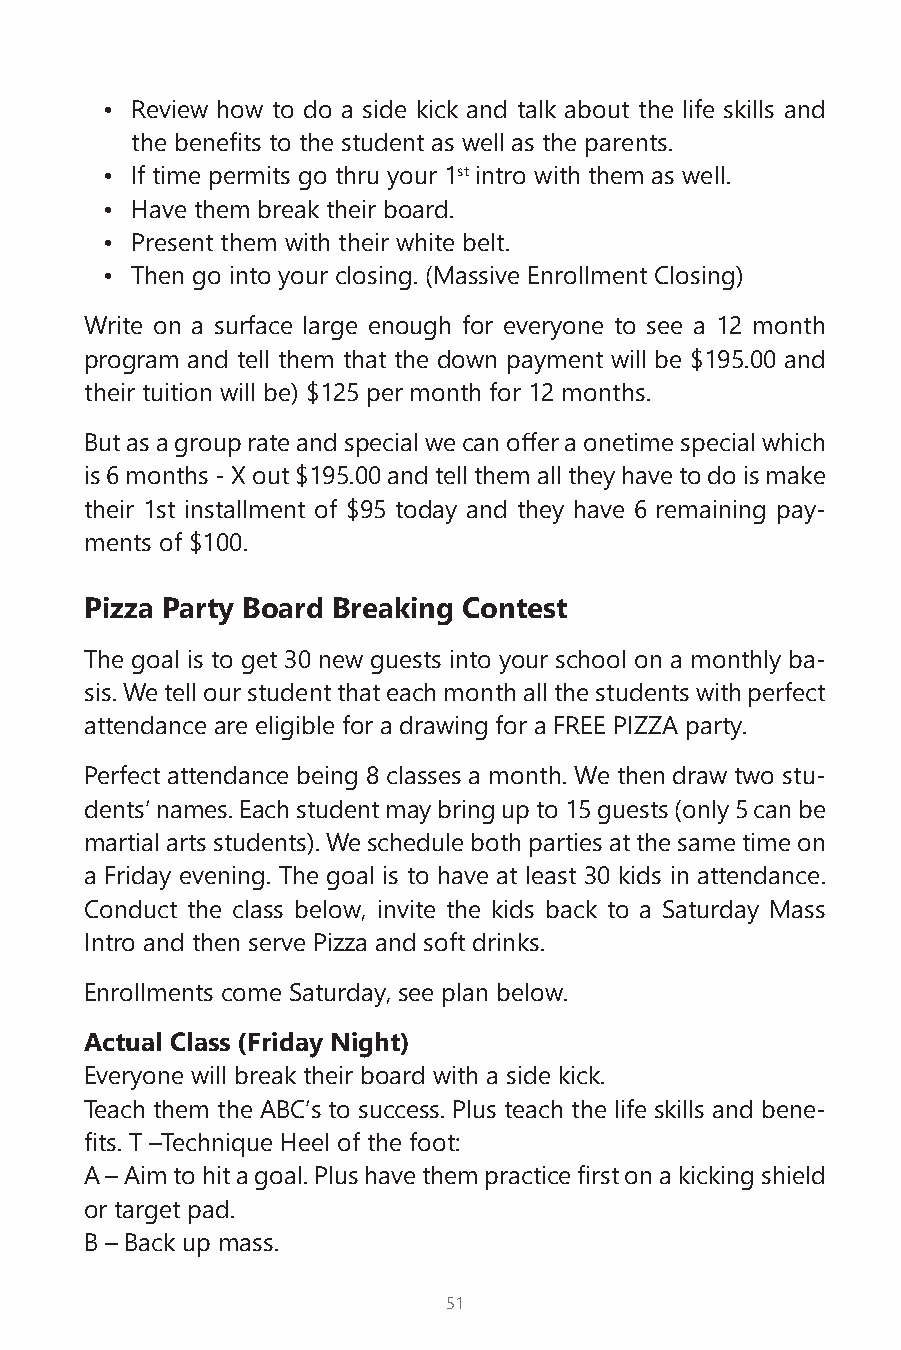
• Review how to do a side kick and talk about the life skills and
 the benefits to the student as well as the parents.
 • If time permits go thru your 1st intro with them as well.
 • Have them break their board.
 • Present them with their white belt.
 • Then go into your closing. (Massive Enrollment Closing)
 Write on a surface large enough for everyone to see a 12 month
 program and tell them that the down payment will be $195.00 and
 their tuition will be) $125 per month for 12 months.
 But as a group rate and special we can offer a onetime special which
 is 6 months - X out $195.00 and tell them all they have to do is make
 their 1st installment of $95 today and they have 6 remaining pay-
 ments of $100.
 Pizza Party Board Breaking Contest
 The goal is to get 30 new guests into your school on a monthly ba-
 sis. We tell our student that each month all the students with perfect
 attendance are eligible for a drawing for a FREE PIZZA party.
 Perfect attendance being 8 classes a month. We then draw two stu-
 dents’ names. Each student may bring up to 15 guests (only 5 can be
 martial arts students). We schedule both parties at the same time on
 a Friday evening. The goal is to have at least 30 kids in attendance.
 Conduct the class below, invite the kids back to a Saturday Mass
 Intro and then serve Pizza and soft drinks.
 Enrollments come Saturday, see plan below.
 Actual Class (Friday Night)
 Everyone will break their board with a side kick.
 Teach them the ABC’s to success. Plus teach the life skills and bene-
 fits. T –Technique Heel of the foot:
 A – Aim to hit a goal. Plus have them practice first on a kicking shield
 or target pad.
 B – Back up mass.
 51